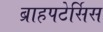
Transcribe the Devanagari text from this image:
ब्राहपटेर्सिस